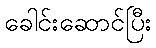
ခေါင်းဆောင်ပြီး